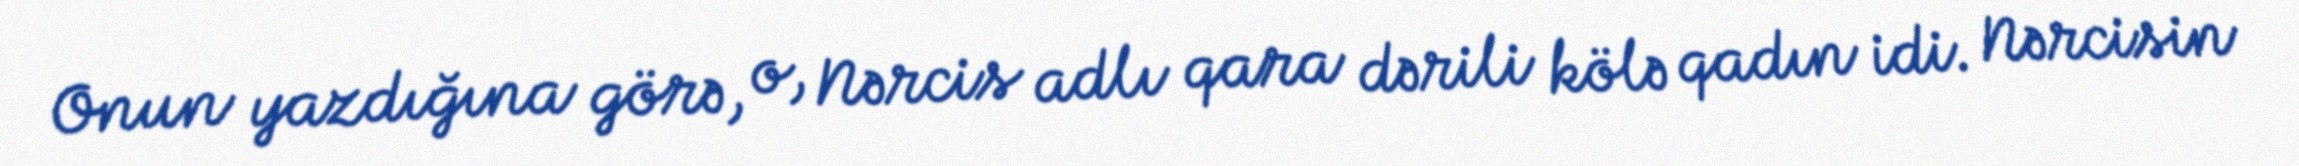
Onun yazdığına görə, o, Nərcis adlı qara dərili kölə qadın idi. Nərcisin